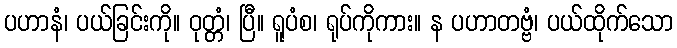
ပဟာနံ၊ ပယ်ခြင်းကို။ ဝုတ္တံ၊ ပြီ။ ရူပံစ၊ ရုပ်ကိုကား။ န ပဟာတဗ္ဗံ၊ ပယ်ထိုက်သော